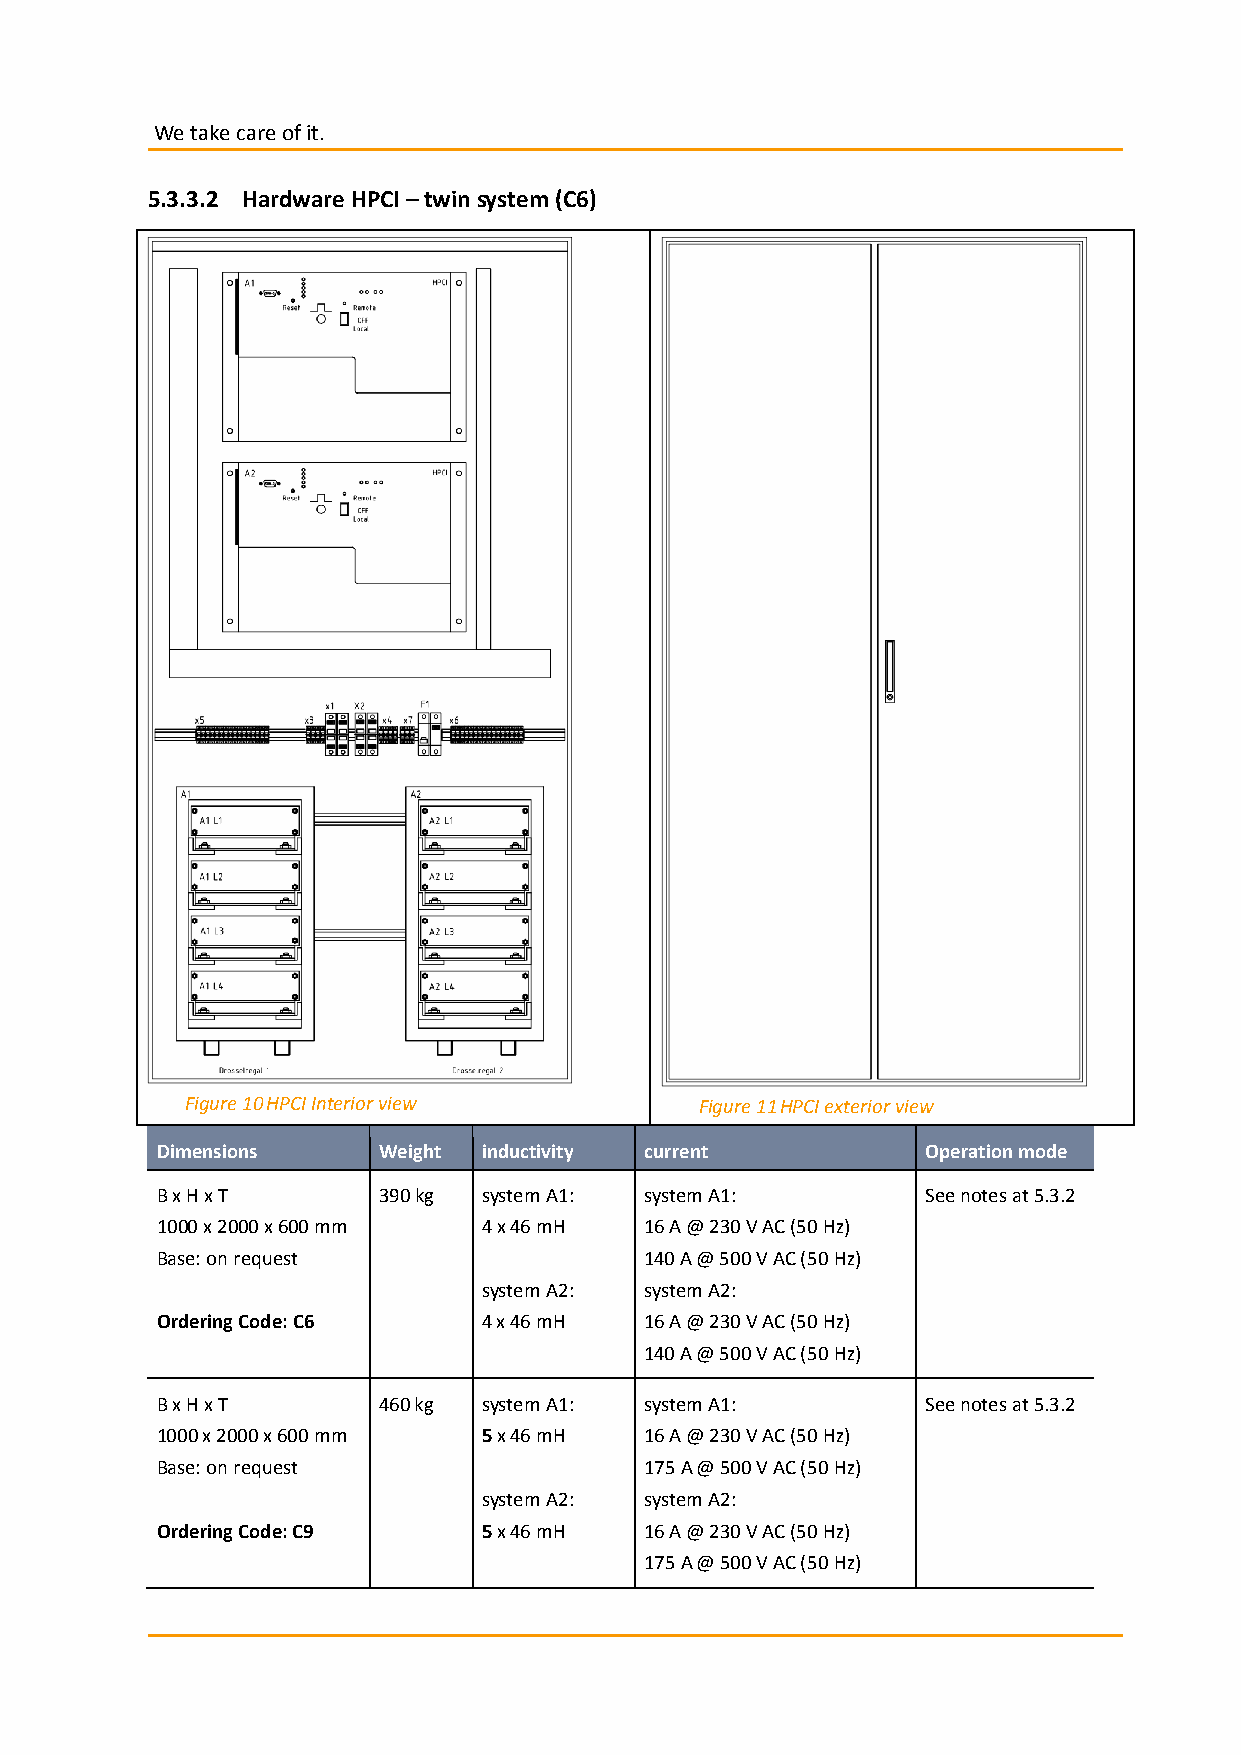
We take care of it.
 5.3.3.2 Hardware HPCI – twin system (C6)
 Figure 10 HPCI Interior view      Figure 11 HPCI exterior view
 Dimensions     Weight inductivity current          Operation mode
 B x H x T      390 kg system A1: system A1:        See notes at 5.3.2
 1000 x 2000 x 600 mm  4 x 46 mH  16 A @ 230 V AC (50 Hz)
 Base: on request                 140 A @ 500 V AC (50 Hz)
 system A2: system A2:
 Ordering Code: C6     4 x 46 mH  16 A @ 230 V AC (50 Hz)
 140 A @ 500 V AC (50 Hz)
 B x H x T      460 kg system A1: system A1:        See notes at 5.3.2
 1000 x 2000 x 600 mm  5 x 46 mH  16 A @ 230 V AC (50 Hz)
 Base: on request                 175 A @ 500 V AC (50 Hz)
 system A2: system A2:
 Ordering Code: C9     5 x 46 mH  16 A @ 230 V AC (50 Hz)
 175 A @ 500 V AC (50 Hz)